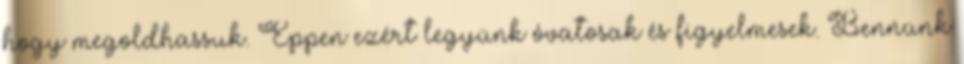
hogy megoldhassuk. Éppen ezért legyünk óvatosak és figyelmesek. Bennünk